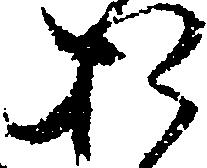
お